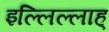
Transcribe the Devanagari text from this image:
इल्लिल्लाह्